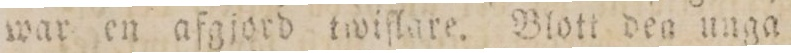
war en afgjord twiflare. Blott den unga